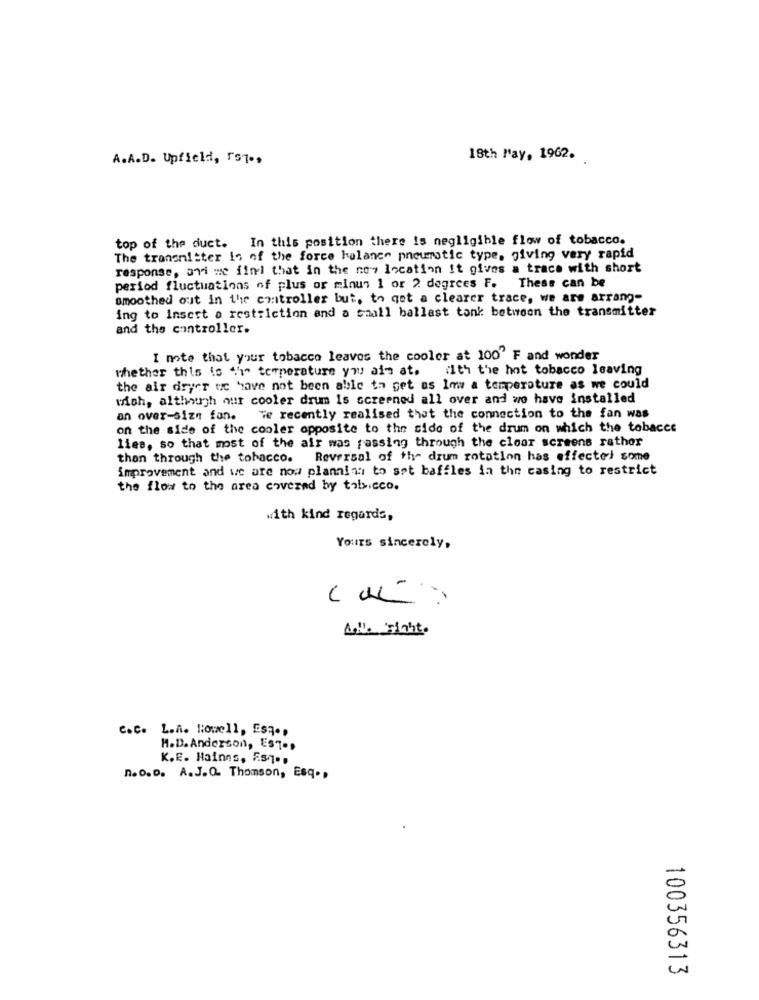
A.A.D. Upfield, TS7 .,
18th May, 1962.
In this position there is negligible flow of tobacco.
top of the duct.
The transnitter is of the force halance pneumatic type, giving very rapid
response, and we find that in the nowy location it gives a trace with short
period fluctuations of plus or minus 1 or 2 degrees F. These can be
smoothed out in the controller but, to get a clearer trace, we are arrang-
ing to Insert a restriction and a small ballast tank between the transmitter
and the controller.
I mote that your tobacco leaves the cooler at 100" F and wonder
whether this is "h" temperature you ais at.
(1th the hot tobacco leaving
the air dryer we have not been able to get as 1mww a temperature as we could
wich, although our cooler drum is screened all over and wo have installed
an over-size fan. We recently realised that the connection to the fan was
on the side of the cooler opposite to the side of the drum on which the tobacce
lies, so that most of the air was passing through the cloar screens rather
than through the tobacco. Reversal of the drum rotation has effectel some
improvement and we are now planning to set baffles in the casing to restrict
the flow to the area covered by tobicco.
with kind regards,
Yours sincerely,
AU. Fight.
c.c. L.A. Howell, Esq .,
H.D. Anderson, EST .,
K.E. Hainns, F.s.q ..
n.o.D. A.J.Q. Thomson, Esq. ,
100356313